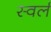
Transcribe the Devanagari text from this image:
स्वर्ल